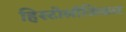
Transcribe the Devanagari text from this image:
हिस्टोलॉजिकल